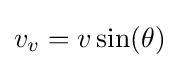
v_{v}=v\sin(\theta )